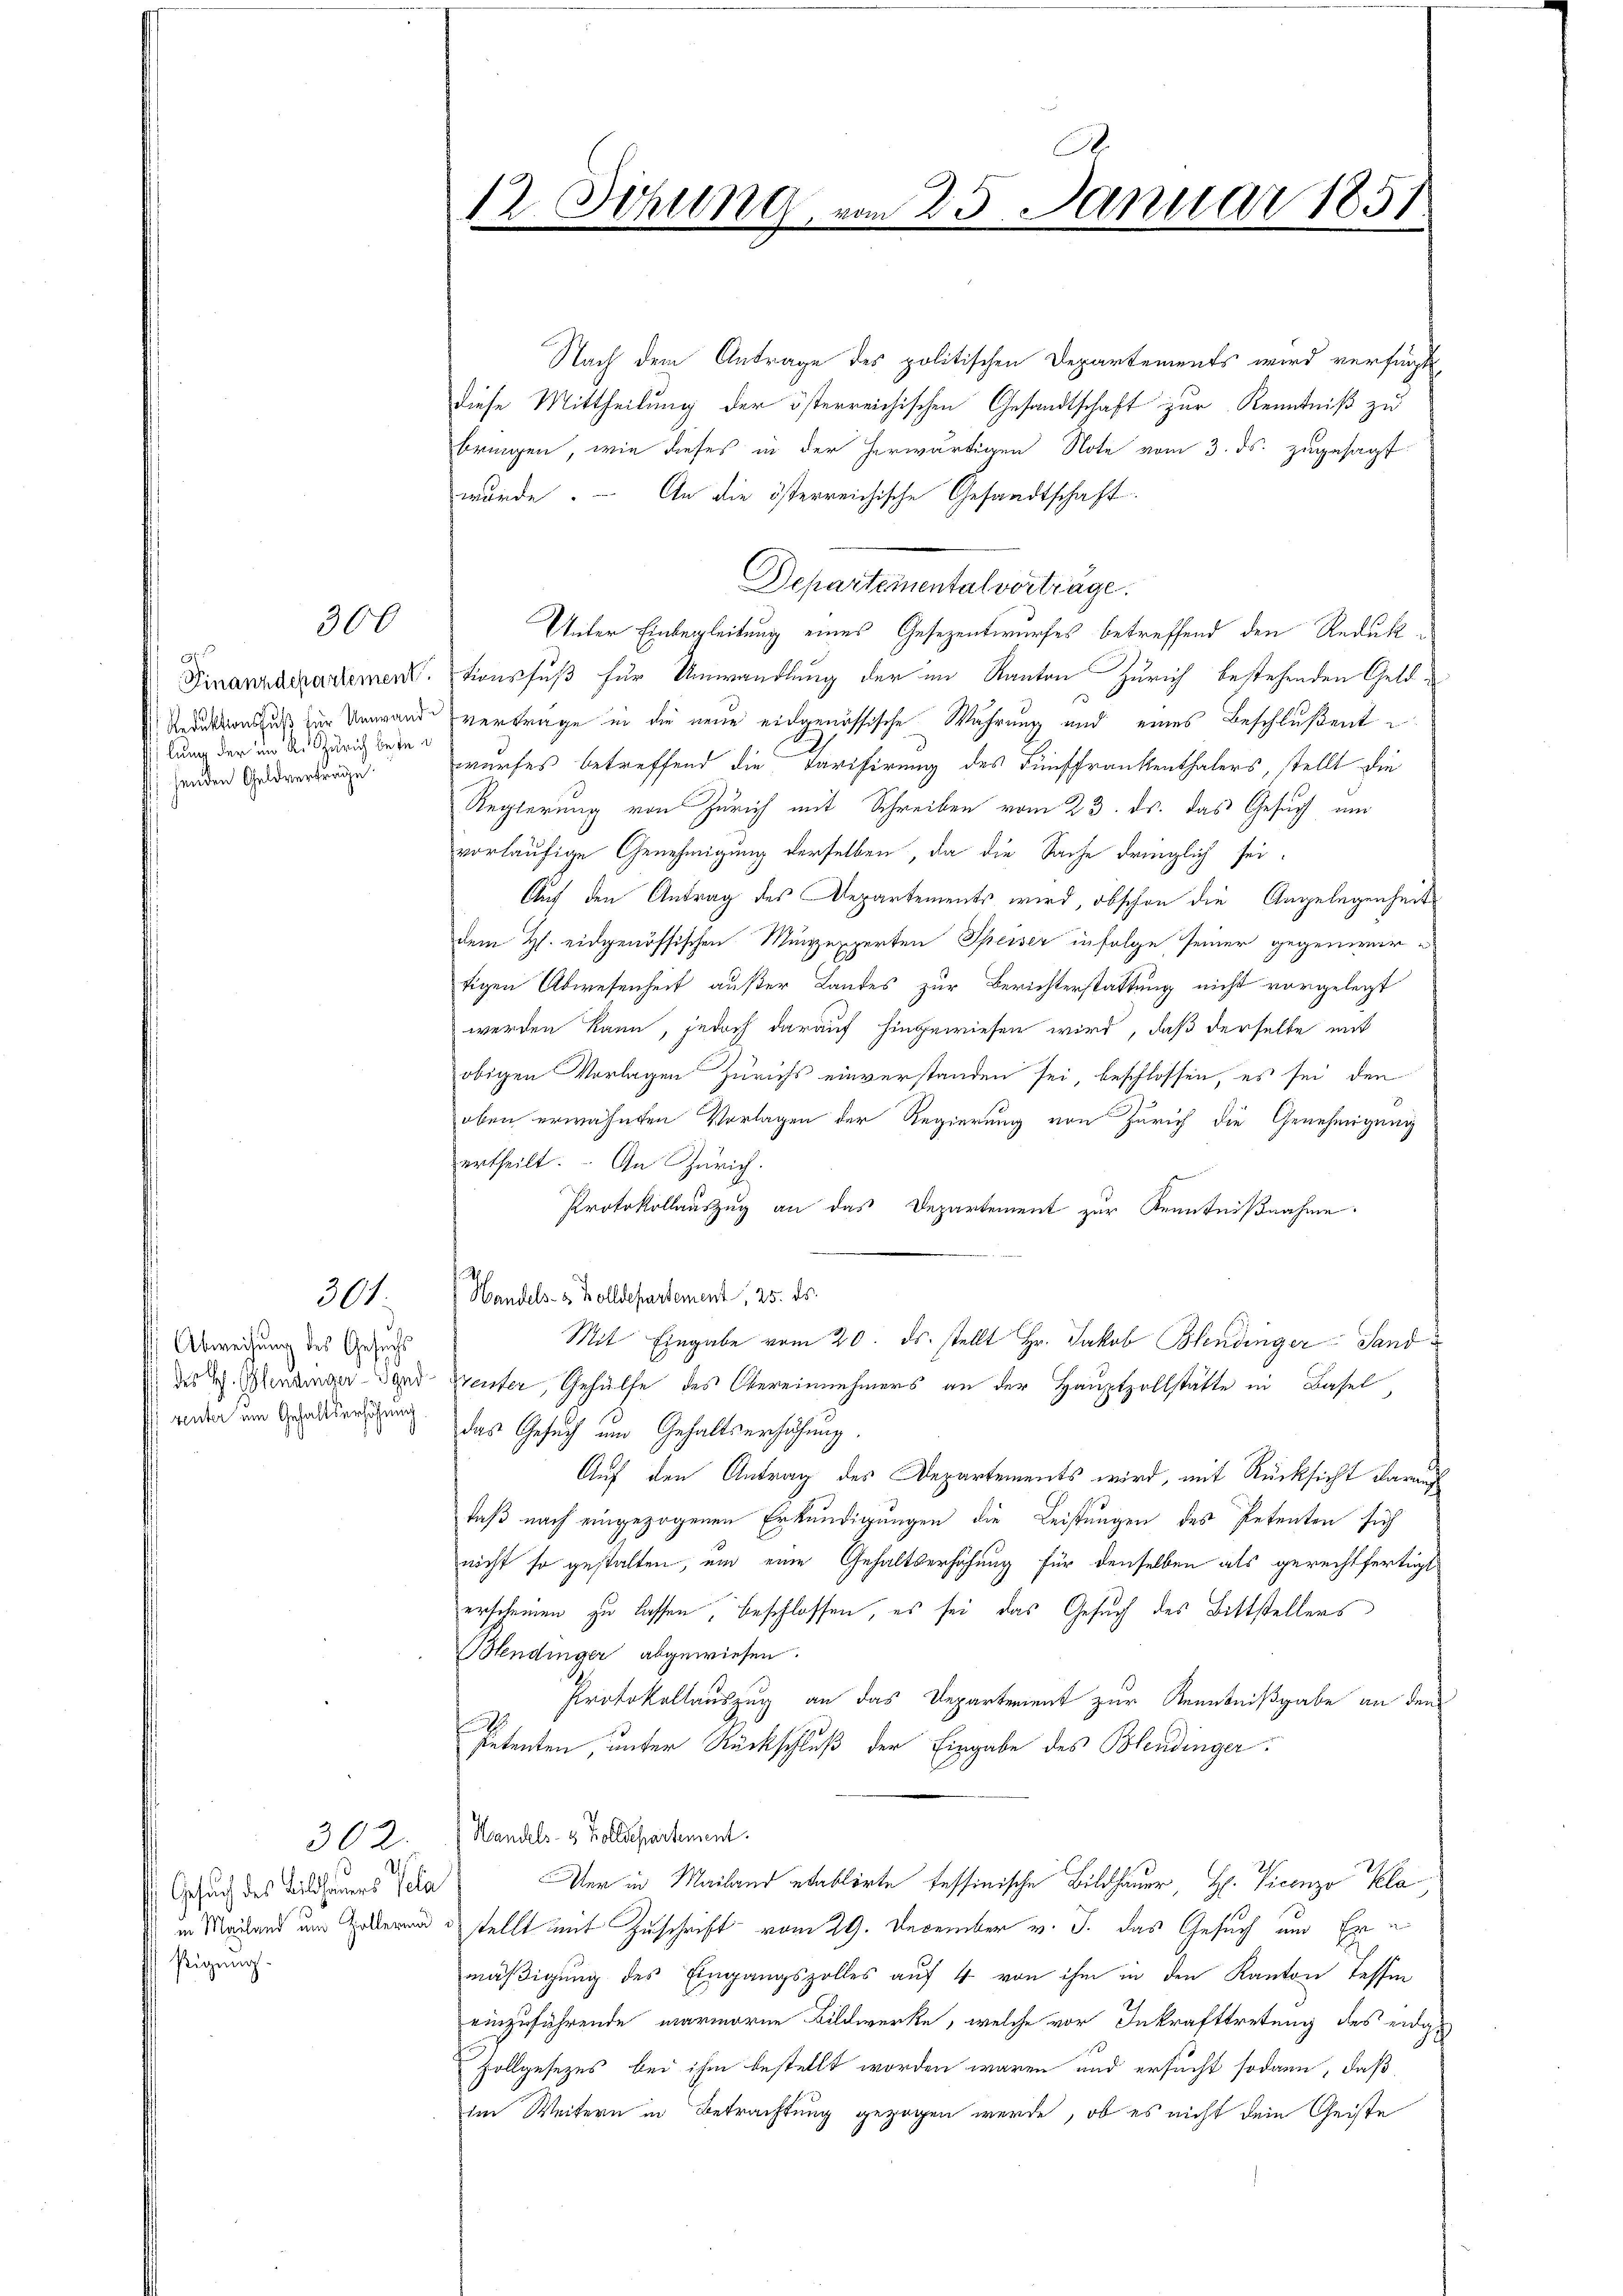
lung der im R. Zürich beten
senden Geldverträge

300

301.

Abweisung des Gesuchs
renter um Gehaltserhöhung

392.
Gesuch des Billhiers Pela
sigung.

Nach dem Antrage des politischen Departements wird verfügt
diese Mittheilung der österreichischen Gesandtschaft zur Kenntniß zu
bringen, wie dieses in der herwärtigen Note vom 3. ds. zugesagt
wurde. An die österreichische Gesandtschaft.
Departemental vorträge.
Unter Einbegleitung eines Gesezentwurfes betreffend den Redukt¬
Finanzarzartement. Tionsfuß für Umwandlung der im Kanton Zürich bestehenden Geld¬
Reduktionsul zur Unwand vertrage in die neue eidgenössische Wahrung und eines Beschlußent
wurses betreffend die Tarifirung des Fünffrankenthalers, stellt die
Regierung von Zürich mit Schreiben vom 23. ds. das Gesuch um
vorläufige Genehmigung derselben, da die Sache dringlich sei¬
Auf den Antrag des Departements wird, obschon die Angelegenheit
dem H. eidgenössischen Münzexperten Speiser infolge seiner gegenwärtigen Abwesenheit außer Landes zur Berichterstattung nicht vorgelegt
werden kann, jedoch darauf hingewiesen wird, daß derselbe mit
obigen Vorlagen Zürichs einverstanden sei, beschlossen, es sei den
oben erwähnten Vorlagen der Regierung von Zürich die Genehmigung
ertheilt. An Zürich.
Protokollauszug an das Departement zur Kenntnißnahme.
Handels- & Zolldepartement, 25. ds.
Mit Eingabe vom 20. ds. stellt Hr. Jakob Blendinger Sanddes L. Menzinger dard Weiter, Gehülfe des Obereinnehmers an der Hauptzollstätte in Basel,
das Gesuch und Gehaltserhöhung
Auf den Antrag des Departements wird, mit Rücksicht darauf
daß nach eingezogenen Erkundigungen die Leistungen des Petenten sich
nicht so gestalten, um eine Gehaltserhöhung für denselben als gerechtfertigt
erscheinen zu lassen, beschlossen, es sei das Gesuch des Bittstellers
Blendinger abgewiesen.
Protokollauszug an das Departement zur Kenntnißgabe an dem
Petenten, unter Rückschluß der Eingabe des Blendinger
Handels- & Zolldepartement.
Ver in Mailand etablirte fessinische Bildhauer, H. Vicenzo Kla
in Man und Zollend es stellt mit Zuschrift vom 29. December v. J. das Gesuch und Ermäßigung des Eingangszolles auf 4 von ihm in den Kanton Tessin
einzuführende warmoren Bildwerke, welche vor Inkrafttretung des eidge¬
Zollgesezes bei ihm bestellt worden waren und ersucht sodann, daß
im Weitern in Betrachtung gezogen werde, ob es nicht dein Geiste

.
12. Sitzung, vom 23. Januar 1851.